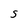
Character: S